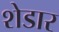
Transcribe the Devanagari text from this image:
शेडार